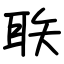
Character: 聅